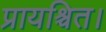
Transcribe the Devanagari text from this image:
प्रायश्चित।